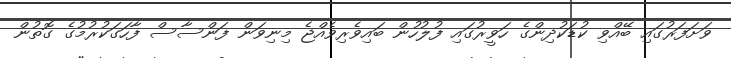
ވަށަފަރުގައި ބޭއްވި ކުޑަކުދިންގެ ހަވީރުގައި ފުލުހުން ބައިވެރިވެއްޖެ މިނިވަން ފަންސާސް ފާހަގަކުރުމުގެ ގޮތުން